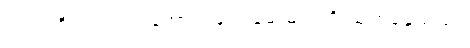
လက်ကိုင်ပဝါဖြင့် အောက်မျက်ခမ်းများကို သုတ်နေသည်။